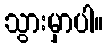
သွားမှာပါ။